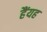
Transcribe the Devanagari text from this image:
हैंयह